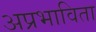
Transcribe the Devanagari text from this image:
अप्रभाविता